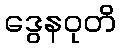
ဒွေနဝုတိ